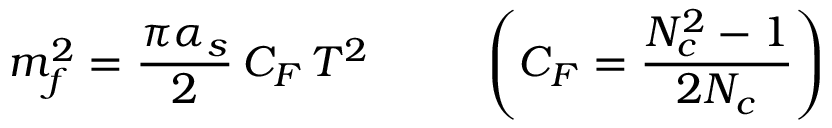
m _ { f } ^ { 2 } = \frac { \pi \alpha _ { s } } { 2 } \, C _ { F } \, T ^ { 2 } \; \; \; \; \; \; \; \; \; \left( C _ { F } = \frac { N _ { c } ^ { 2 } - 1 } { 2 N _ { c } } \right)